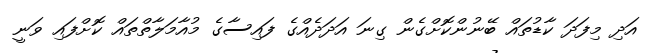
އަދި މިފަދަ ކާޑުތައް ބޭނުންކޮށްގެން ގިނަ އަދަދެއްގެ ފައިސާގެ މުއާމަލާތްތައް ކޮށްފައި ވަނީ